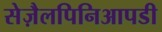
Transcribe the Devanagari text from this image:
सेज़ैलपिनिआपडी